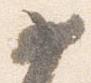
如